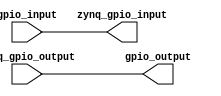
`timescale 1ns / 1ps
//////////////////////////////////////////////////////////////////////////////////
// Company: 
// Engineer: 
// 
// Design Name: 
// Module Name: user_gpio
// Project Name: 
// Target Devices: 
// Tool Versions: 
// Description: 
// 
// Dependencies: 
// 
// Revision:
// Revision 0.01 - File Created
// Additional Comments:
// 
//////////////////////////////////////////////////////////////////////////////////


module user_gpio(
        // from fpga pin
        input wire [1:0]gpio_input,
        
        // to fpga pin
        output wire [3:0]gpio_output,
        
        // to zynq read
        output wire [1:0]zynq_gpio_input,
        
        // from zynq write
        input wire [3:0]zynq_gpio_output
    );
    
    assign gpio_input[1:0] = zynq_gpio_input[1:0];
    assign gpio_output[3:0] = zynq_gpio_output[3:0];


endmodule